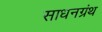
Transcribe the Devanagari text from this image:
साधनग्रंथ